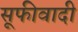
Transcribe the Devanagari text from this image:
सूफीवादी